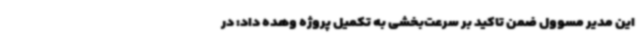
این مدیر مسوول ضمن تاکید بر سرعت‌بخشی به تکمیل پروژه وهده داد: در